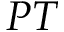
{ \cal P T }